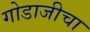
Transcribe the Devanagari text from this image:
गोडाजीचा